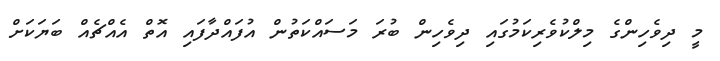
މީ ދިވެހިންގެ މިލްކުވެރިކަމުގައި ދިވެހިން ބުރަ މަސައްކަތުން އުފައްދާފައި އޮތް އެއްޗެއް ބަޔަކަށް